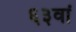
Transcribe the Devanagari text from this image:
६३वां